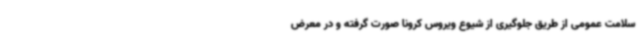
سلامت عمومی از طریق جلوگیری از شیوع ویروس کرونا صورت گرفته و در معرض